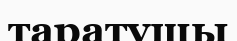
таратушы